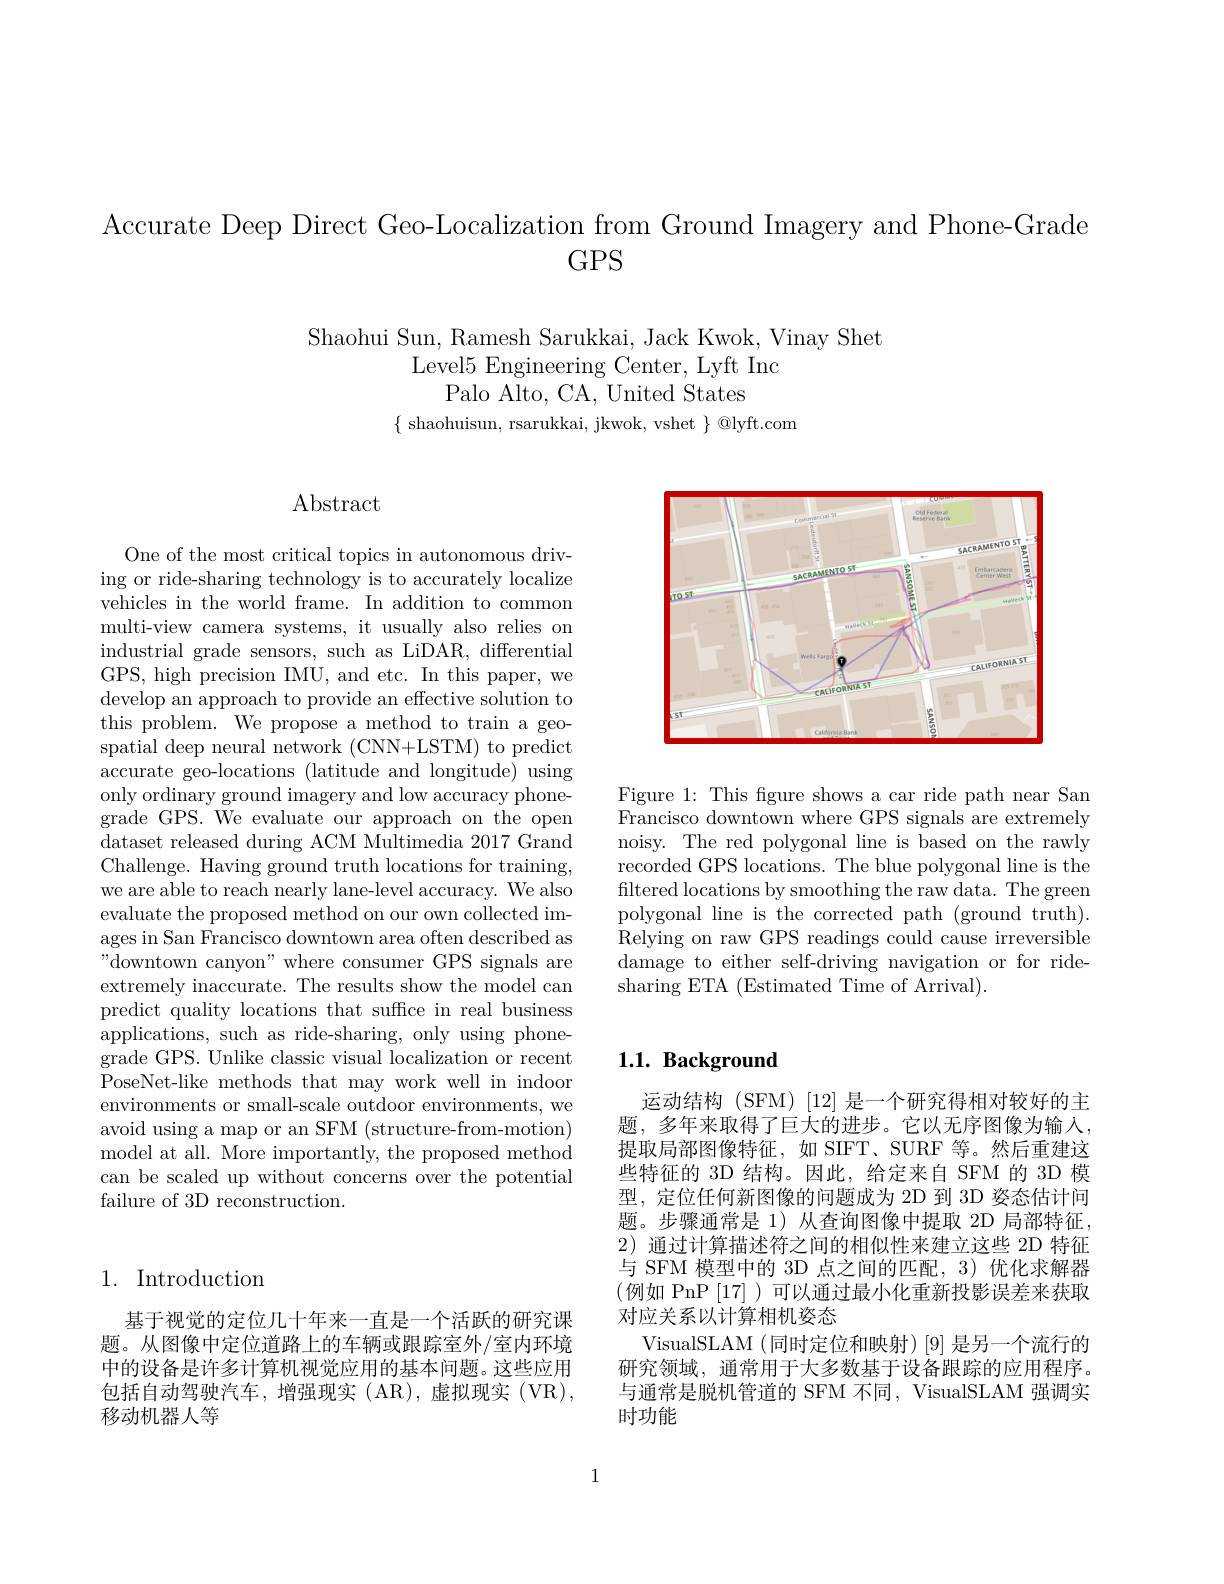
Accurate Deep Direct Geo-Localization from Ground Imagery and Phone-Grade
GPS

Shaohui Sun, Ramesh Sarukkai, Jack Kwok, Vinay Shet
Level5 Engineering Center, Lyft Inc
Palo Alto, CA, United States
$\{$ shaohuisun, rsarukkai, jkwok, vshet $\}@$lyft.com

## Abstract

One of the most critical topics in autonomous driving or ride-sharing technology is to accurately localize vehicles in the world frame. In addition to common multi-view camera systems, it usually also relies on industrial grade sensors, such as LiDAR, differential GPS, high precision IMU, and etc. In this paper, we develop an approach to provide an effective solution to this problem. We propose a method to train a geospatial deep neural network (CNN+LSTM) to predict accurate geo-locations (latitude and longitude) using only ordinary ground imagery and low accuracy phonegrade GPS. We evaluate our approach on the open dataset released during ACM Multimedia 2017 Grand Challenge. Having ground truth locations for training, we are able to reach nearly lane-level accuracy. We also evaluate the proposed method on our own collected images in San Francisco downtown area often described as ${\text{"downtown canyon" where consumer GPS signals are}}$ extremely inaccurate. The results show the model can predict quality locations that suffice in real business applications, such as ride-sharing, only using phonegrade GPS. Unlike classic visual localization or recent PoseNet-like methods that may work well in indoor environments or small-scale outdoor environments, we avoid using a map or an SFM (structure-from-motion) model at all. More importantly, the proposed method can be scaled up without concerns over the potential failure of 3D reconstruction.

<FigureHere>

Figure 1: This figure shows a car ride path near San Francisco downtown where GPS signals are extremely noisy. The red polygonal line is based on the rawly recorded GPS locations. The blue polygonal line is the filtered locations by smoothing the raw data. The green polygonal line is the corrected path (ground truth). Relying on raw GPS readings could cause irreversible damage to either self-driving navigation or for ridesharing ETA (Estimated Time of Arrival).

### 1. Introduction

基于视觉的定位几十年来一直是一个活跃的研究课题。从图像中定位道路上的车辆或跟踪室外/室内环境中的设备是许多计算机视觉应用的基本问题。这些应用包括自动驾驶汽车，增强现实(AR),虚拟现实(VR), 移动机器人等

## $1. 1. \textbf{Background}$

运动结构 (SFM) [12] 是一个研究得相对较好的主题，多年来取得了巨大的进步。它以无序图像为输入， 提取局部图像特征，如 SIFT、SURF 等。然后重建这些特征的 3D 结构。因此，给定来自 SFM 的 3D 模型，定位任何新图像的问题成为 2D 到 3D 姿态估计问题。步骤通常是 1)从查询图像中提取 2D 局部特征， 2)通过计算描述符之间的相似性来建立这些 2D 特征与 SFM 模型中的 3D 点之间的匹配，3) 优化求解器(例如 PnP[17] )可以通过最小化重新投影误差来获取对应关系以计算相机姿态
VisualSLAM (同时定位和映射)[9]是另一个流行的研究领域，通常用于大多数基于设备跟踪的应用程序。与通常是脱机管道的 SFM 不同，VisualSLAM 强调实时功能

1